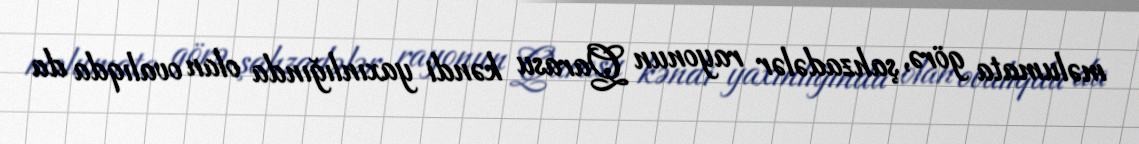
məlumata görə, şahzadələr rayonun Qarasu kəndi yaxınlığında olan ovalıqda da